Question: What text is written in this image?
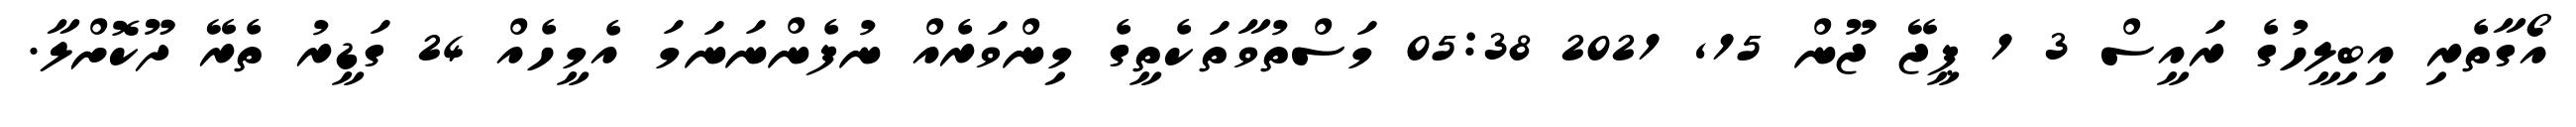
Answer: އޯގާތެރި އިބިލީހުގެ ރައީސް 3 1 ޕީޖޭ ޖޫން 15, 2021 05:38 މަސްތުވާތަކެތީގެ މިންވަރެއް ނުފެންނަނަމަ އެމީހެއް 24 ގަޑީރު ތެރޭ ދޫކޮށްލާ.